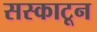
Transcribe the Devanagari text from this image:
सस्काटून